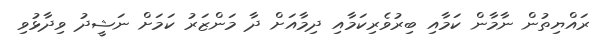
ރައްޔިތުން ނާމާން ކަމާއި ބިރުވެރިކަމާއި ދިމާއަށް ދާ މަންޒަރު ކަމަށް ނަޝީދު ވިދާޅުވި